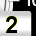
Digit: 2